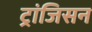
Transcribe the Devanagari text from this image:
ट्रांजिसन